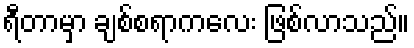
ရီတာမှာ ချစ်စရာကလေး ဖြစ်လာသည်။